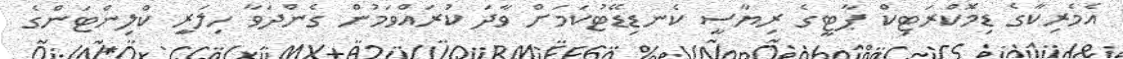
އެމެރިކާގެ ޑިމޮކްރަޓިކް ޕާޓީގެ ރިޔާސީ ކެނޑިޑޭޓުކަމަށް ވާދަ ކުރައްވަމުން ގެންދަވާ ހިލަރިީ ކްލިންޓަންގެ